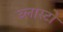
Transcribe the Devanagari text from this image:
व्लास्टो